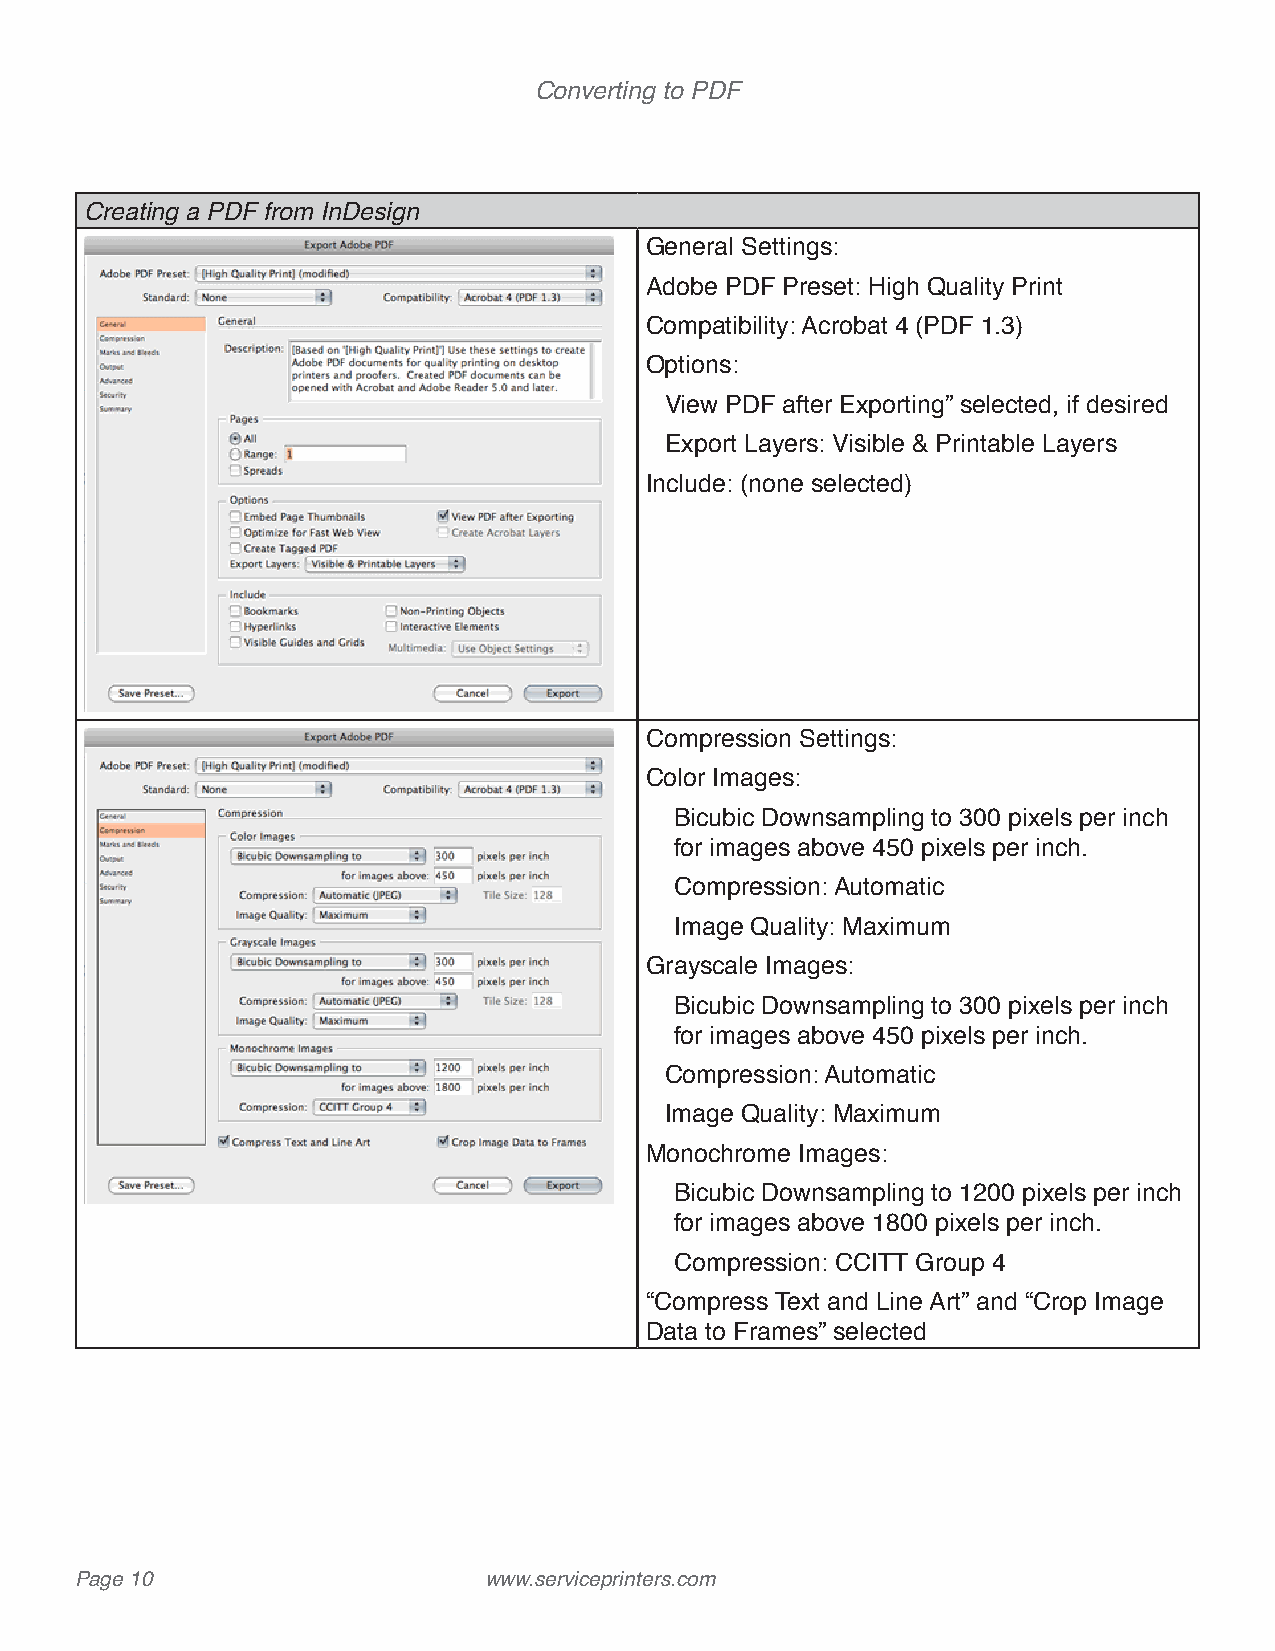
Converting to PDF
 Creating a PDF from InDesign
 General Settings:
 Adobe PDF Preset: High Quality Print
 Compatibility: Acrobat 4 (PDF 1.3)
 Options:
 View PDF after Exporting” selected, if desired
 Export Layers: Visible & Printable Layers
 Include: (none selected)
 Compression Settings:
 Color Images:
 Bicubic Downsampling to 300 pixels per inch
 for images above 450 pixels per inch.
 Compression: Automatic
 Image Quality: Maximum
 Grayscale Images:
 Bicubic Downsampling to 300 pixels per inch
 for images above 450 pixels per inch.
 Compression: Automatic
 Image Quality: Maximum
 Monochrome Images:
 Bicubic Downsampling to 1200 pixels per inch
 for images above 1800 pixels per inch.
 Compression: CCITT Group 4
 “Compress Text and Line Art” and “Crop Image
 Data to Frames” selected
 Page 10                    www.serviceprinters.com